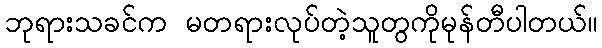
ဘုရားသခင်က မတရားလုပ်တဲ့သူတွကိုမုန်တီပါတယ်။